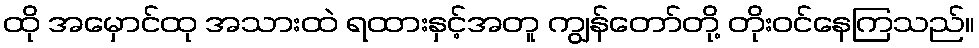
ထို အမှောင်ထု အသားထဲ ရထားနှင့်အတူ ကျွန်တော်တို့ တိုးဝင်နေကြသည်။